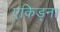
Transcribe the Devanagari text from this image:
एकिड्ना